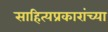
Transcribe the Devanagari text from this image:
साहित्यप्रकारांच्या